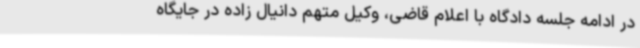
در ادامه جلسه دادگاه با اعلام قاضی، وکیل متهم دانیال زاده در جایگاه